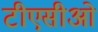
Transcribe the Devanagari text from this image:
टीएसीओ